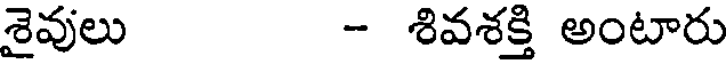
శైవులు - శివశక్తి అంటారు